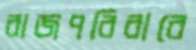
রাজপরিবারে